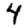
Digit: 4